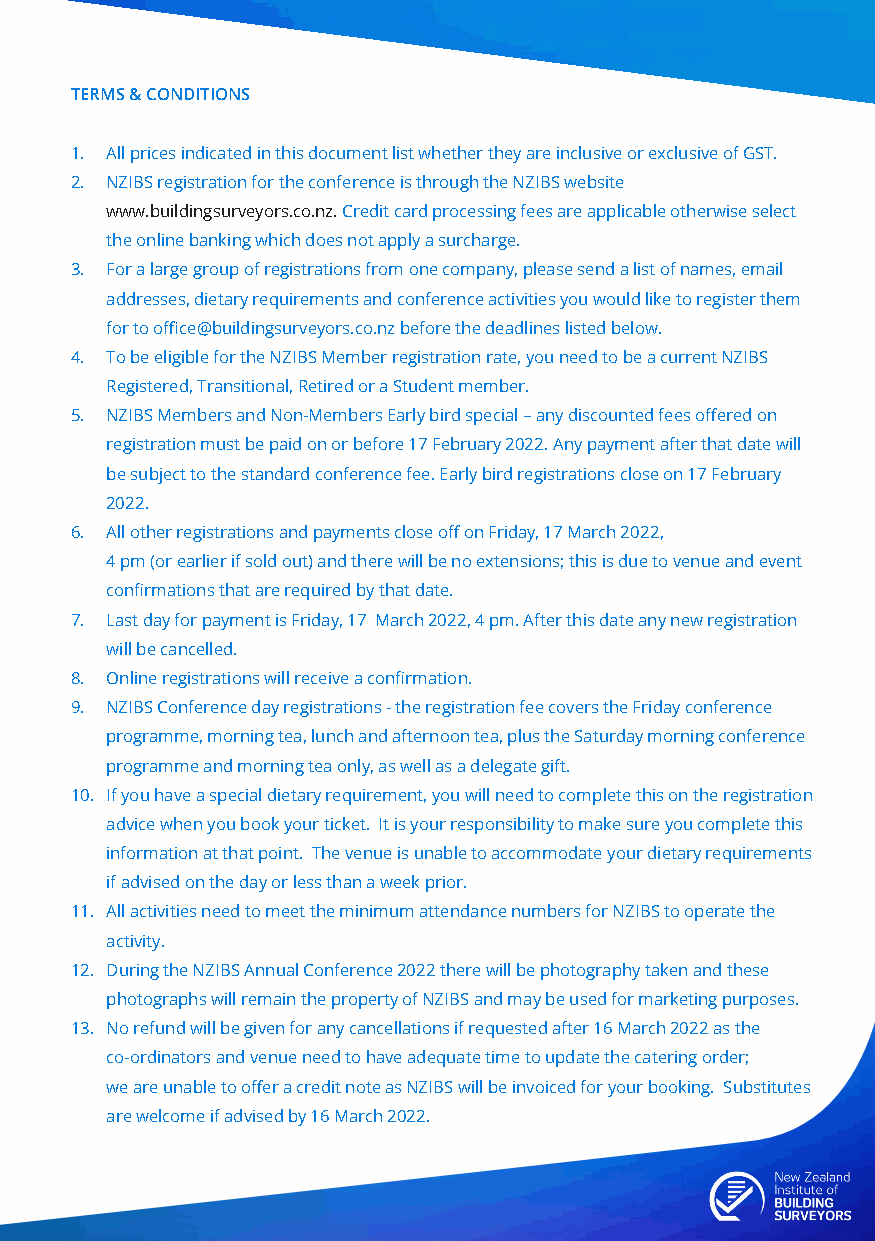
TERMS & CONDITIONS
 1. All prices indicated in this document list whether they are inclusive or exclusive of GST.
 2. NZIBS registration for the conference is through the NZIBS website
 www.buildingsurveyors.co.nz. Credit card processing fees are applicable otherwise select
 the online banking which does not apply a surcharge.
 3. For a large group of registrations from one company, please send a list of names, email
 addresses, dietary requirements and conference activities you would like to register them
 for to office@buildingsurveyors.co.nz before the deadlines listed below.
 4. To be eligible for the NZIBS Member registration rate, you need to be a current NZIBS
 Registered, Transitional, Retired or a Student member.
 5. NZIBS Members and Non-Members Early bird special – any discounted fees offered on
 registration must be paid on or before 17 February 2022. Any payment after that date will
 be subject to the standard conference fee. Early bird registrations close on 17 February
 2022.
 6. All other registrations and payments close off on Friday, 17 March 2022,
 4 pm (or earlier if sold out) and there will be no extensions; this is due to venue and event
 confirmations that are required by that date.
 7. Last day for payment is Friday, 17 March 2022, 4 pm. After this date any new registration
 will be cancelled.
 8. Online registrations will receive a confirmation.
 9. NZIBS Conference day registrations - the registration fee covers the Friday conference
 programme, morning tea, lunch and afternoon tea, plus the Saturday morning conference
 programme and morning tea only, as well as a delegate gift.
 10. If you have a special dietary requirement, you will need to complete this on the registration
 advice when you book your ticket. It is your responsibility to make sure you complete this
 information at that point. The venue is unable to accommodate your dietary requirements
 if advised on the day or less than a week prior.
 11. All activities need to meet the minimum attendance numbers for NZIBS to operate the
 activity.
 12. During the NZIBS Annual Conference 2022 there will be photography taken and these
 photographs will remain the property of NZIBS and may be used for marketing purposes.
 13. No refund will be given for any cancellations if requested after 16 March 2022 as the
 co-ordinators and venue need to have adequate time to update the catering order;
 we are unable to offer a credit note as NZIBS will be invoiced for your booking. Substitutes
 are welcome if advised by 16 March 2022.